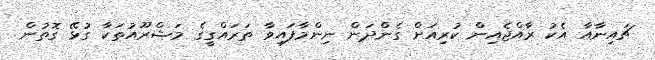
ޗައިނާއާ އެކު ރާއްޖެއިން ކުރިއަށް ގެންދަން ނިންމާފައިވާ ތަރައްގީގެ މަޝްރޫއުތަކާ ގުޅޭ ގޮތުން